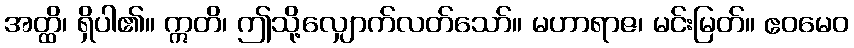
အတ္ထိ၊ ရှိပါ၏။ ဣတိ၊ ဤသို့လျှောက်လတ်သော်။ မဟာရာဇ၊ မင်းမြတ်။ ဧဝမေဝ